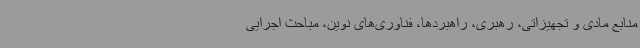
منابع مادی و تجهیزاتی، رهبری، راهبردها، فناوری‌های نوین، مباحث اجرایی